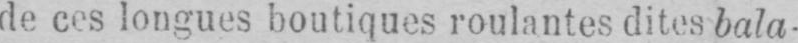
de ces longues boutiques roulantes dites bala-